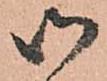
御